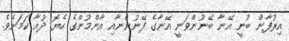
އިރުފާން ބުނީ އޭނާ ބޭނުންވަނީ އޭނާގެ ފޭނުންނާއި އާންމުންގެ ހެޔޮ ދުއާ ކަމަށެވެ.